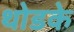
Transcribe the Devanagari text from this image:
थोडके